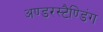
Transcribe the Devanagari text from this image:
अण्डरस्टैण्डिंग